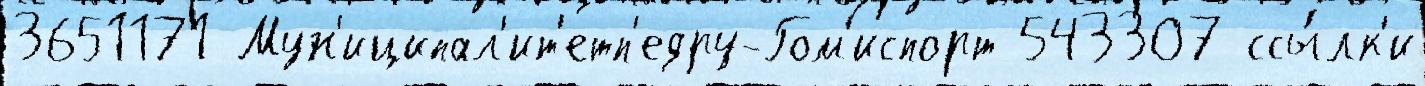
3651171 Мун'иципал'ит'етп'едру-Гом'испорт 543307 ссы́лк'и